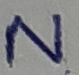
Text: N